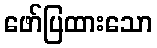
ဖော်ပြထားသော